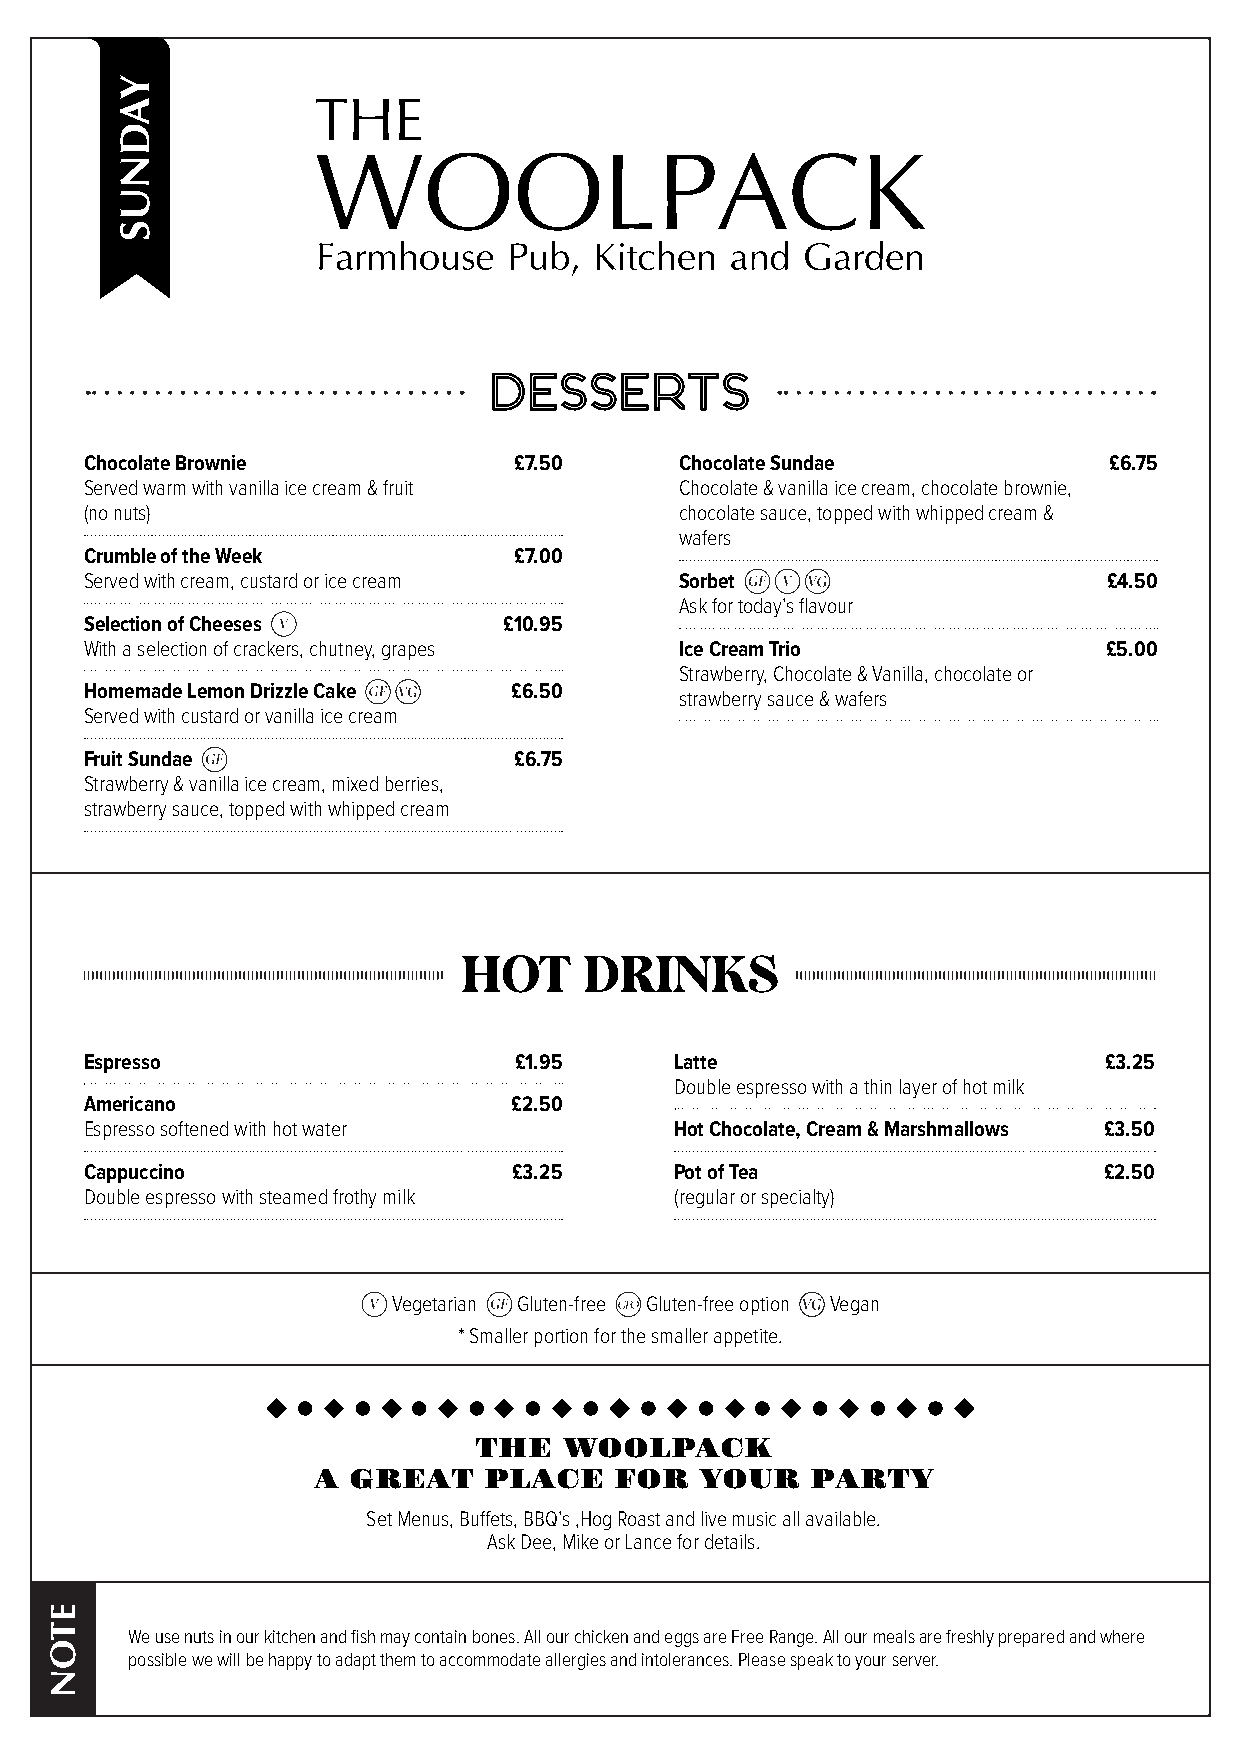
DESSERTS
 Chocolate Brownie           £7.50      Chocolate Sundae            £6.75
 Served warm with vanilla ice cream & fruit Chocolate & vanilla ice cream, chocolate brownie,
 (no nuts)                              chocolate sauce, topped with whipped cream &
 wafers
 Crumble of the Week         £7.00
 Served with cream, custard or ice cream Sorbet                     £4.50
 Ask for today’s flavour
 Selection of Cheeses       £10.95
 With a selection of crackers, chutney, grapes Ice Cream Trio       £5.00
 Strawberry, Chocolate & Vanilla, chocolate or
 Homemade Lemon Drizzle Cake £6.50      strawberry sauce & wafers
 Served with custard or vanilla ice cream
 Fruit Sundae                £6.75
 Strawberry & vanilla ice cream, mixed berries,
 strawberry sauce, topped with whipped cream
 HOT     DRINKS
 Espresso                    £1.95      Latte                       £3.25
 Double espresso with a thin layer of hot milk
 Americano                   £2.50
 Espresso softened with hot water       Hot Chocolate, Cream & Marshmallows £3.50
 Cappuccino                  £3.25      Pot of Tea                  £2.50
 Double espresso with steamed frothy milk (regular or specialty)
 Vegetarian Gluten-free Gluten-free option Vegan
 * Smaller portion for the smaller appetite.
 THE   WOOLPACK
 A GREAT    PLACE    FOR  YOUR    PARTY
 Set Menus, Buffets, BBQ’s ,Hog Roast and live music all available.
 Ask Dee, Mike or Lance for details.
 We use nuts in our kitchen and fish may contain bones. All our chicken and eggs are Free Range. All our meals are freshly prepared and where
 possible we will be happy to adapt them to accommodate allergies and intolerances. Please speak to your server.
 ETON
 YADNUS